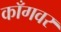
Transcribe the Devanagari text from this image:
काँगवर